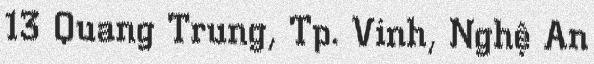
13 Quang Trung, Tp. Vinh, Nghệ An